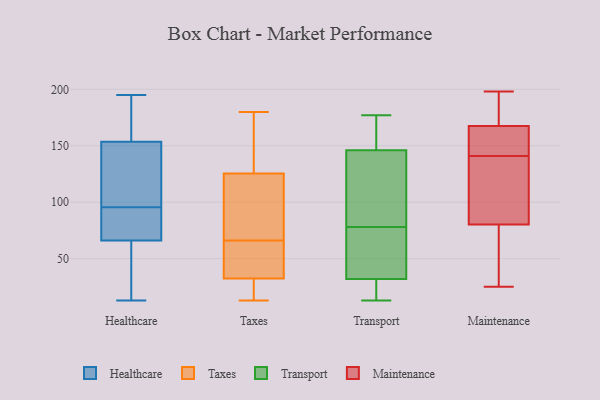
{"axis": {"x": "Production Output", "y": "Value"}, "legend": ["Healthcare", "Maintenance", "Taxes", "Transport"], "data": [{"x": "", "y": 195, "type": "Healthcare"}, {"x": "", "y": 99, "type": "Healthcare"}, {"x": "", "y": 24, "type": "Healthcare"}, {"x": "", "y": 61, "type": "Healthcare"}, {"x": "", "y": 73, "type": "Healthcare"}, {"x": "", "y": 49, "type": "Healthcare"}, {"x": "", "y": 166, "type": "Healthcare"}, {"x": "", "y": 71, "type": "Healthcare"}, {"x": "", "y": 163, "type": "Healthcare"}, {"x": "", "y": 73, "type": "Healthcare"}, {"x": "", "y": 92, "type": "Healthcare"}, {"x": "", "y": 145, "type": "Healthcare"}, {"x": "", "y": 109, "type": "Healthcare"}, {"x": "", "y": 138, "type": "Healthcare"}, {"x": "", "y": 162, "type": "Healthcare"}, {"x": "", "y": 13, "type": "Healthcare"}, {"x": "", "y": 86, "type": "Taxes"}, {"x": "", "y": 28, "type": "Taxes"}, {"x": "", "y": 56, "type": "Taxes"}, {"x": "", "y": 37, "type": "Taxes"}, {"x": "", "y": 17, "type": "Taxes"}, {"x": "", "y": 138, "type": "Taxes"}, {"x": "", "y": 57, "type": "Taxes"}, {"x": "", "y": 113, "type": "Taxes"}, {"x": "", "y": 39, "type": "Taxes"}, {"x": "", "y": 95, "type": "Taxes"}, {"x": "", "y": 49, "type": "Taxes"}, {"x": "", "y": 173, "type": "Taxes"}, {"x": "", "y": 75, "type": "Taxes"}, {"x": "", "y": 13, "type": "Taxes"}, {"x": "", "y": 145, "type": "Taxes"}, {"x": "", "y": 25, "type": "Taxes"}, {"x": "", "y": 180, "type": "Taxes"}, {"x": "", "y": 173, "type": "Taxes"}, {"x": "", "y": 82, "type": "Taxes"}, {"x": "", "y": 22, "type": "Taxes"}, {"x": "", "y": 56, "type": "Transport"}, {"x": "", "y": 31, "type": "Transport"}, {"x": "", "y": 38, "type": "Transport"}, {"x": "", "y": 33, "type": "Transport"}, {"x": "", "y": 177, "type": "Transport"}, {"x": "", "y": 13, "type": "Transport"}, {"x": "", "y": 148, "type": "Transport"}, {"x": "", "y": 115, "type": "Transport"}, {"x": "", "y": 25, "type": "Transport"}, {"x": "", "y": 158, "type": "Transport"}, {"x": "", "y": 100, "type": "Transport"}, {"x": "", "y": 144, "type": "Transport"}, {"x": "", "y": 141, "type": "Maintenance"}, {"x": "", "y": 166, "type": "Maintenance"}, {"x": "", "y": 96, "type": "Maintenance"}, {"x": "", "y": 187, "type": "Maintenance"}, {"x": "", "y": 172, "type": "Maintenance"}, {"x": "", "y": 144, "type": "Maintenance"}, {"x": "", "y": 60, "type": "Maintenance"}, {"x": "", "y": 155, "type": "Maintenance"}, {"x": "", "y": 78, "type": "Maintenance"}, {"x": "", "y": 125, "type": "Maintenance"}, {"x": "", "y": 198, "type": "Maintenance"}, {"x": "", "y": 25, "type": "Maintenance"}, {"x": "", "y": 81, "type": "Maintenance"}]}